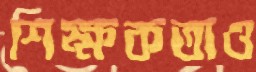
শিক্ষকতাও